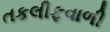
તકલીફવાળી